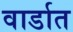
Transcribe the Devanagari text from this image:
वार्डात